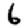
Digit: 6